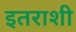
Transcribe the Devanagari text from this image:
इतराशी